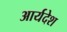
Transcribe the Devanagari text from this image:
आर्यदेश